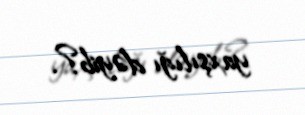
yaxşılığı dəyib?.